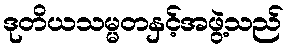
ဒုတိယသမ္မတနှင့်အဖွဲ့သည်